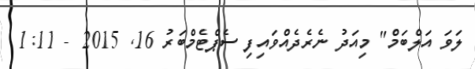
ލަވަ އަލްބަމް" މިއަދު ނެރެދެއްވައިފި ސެޕްޓެމްބަރު 16